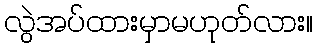
လွဲအပ်ထားမှာမဟုတ်လား။